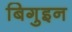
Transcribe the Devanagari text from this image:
बिगुइन